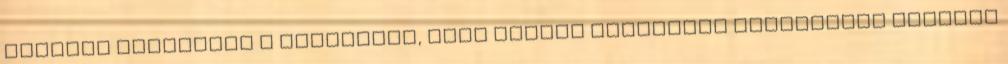
második házassága a jelenlegi, első nejéül ugyancsak szakmabeli hölgyet